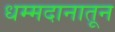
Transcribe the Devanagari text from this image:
धम्मदानातून